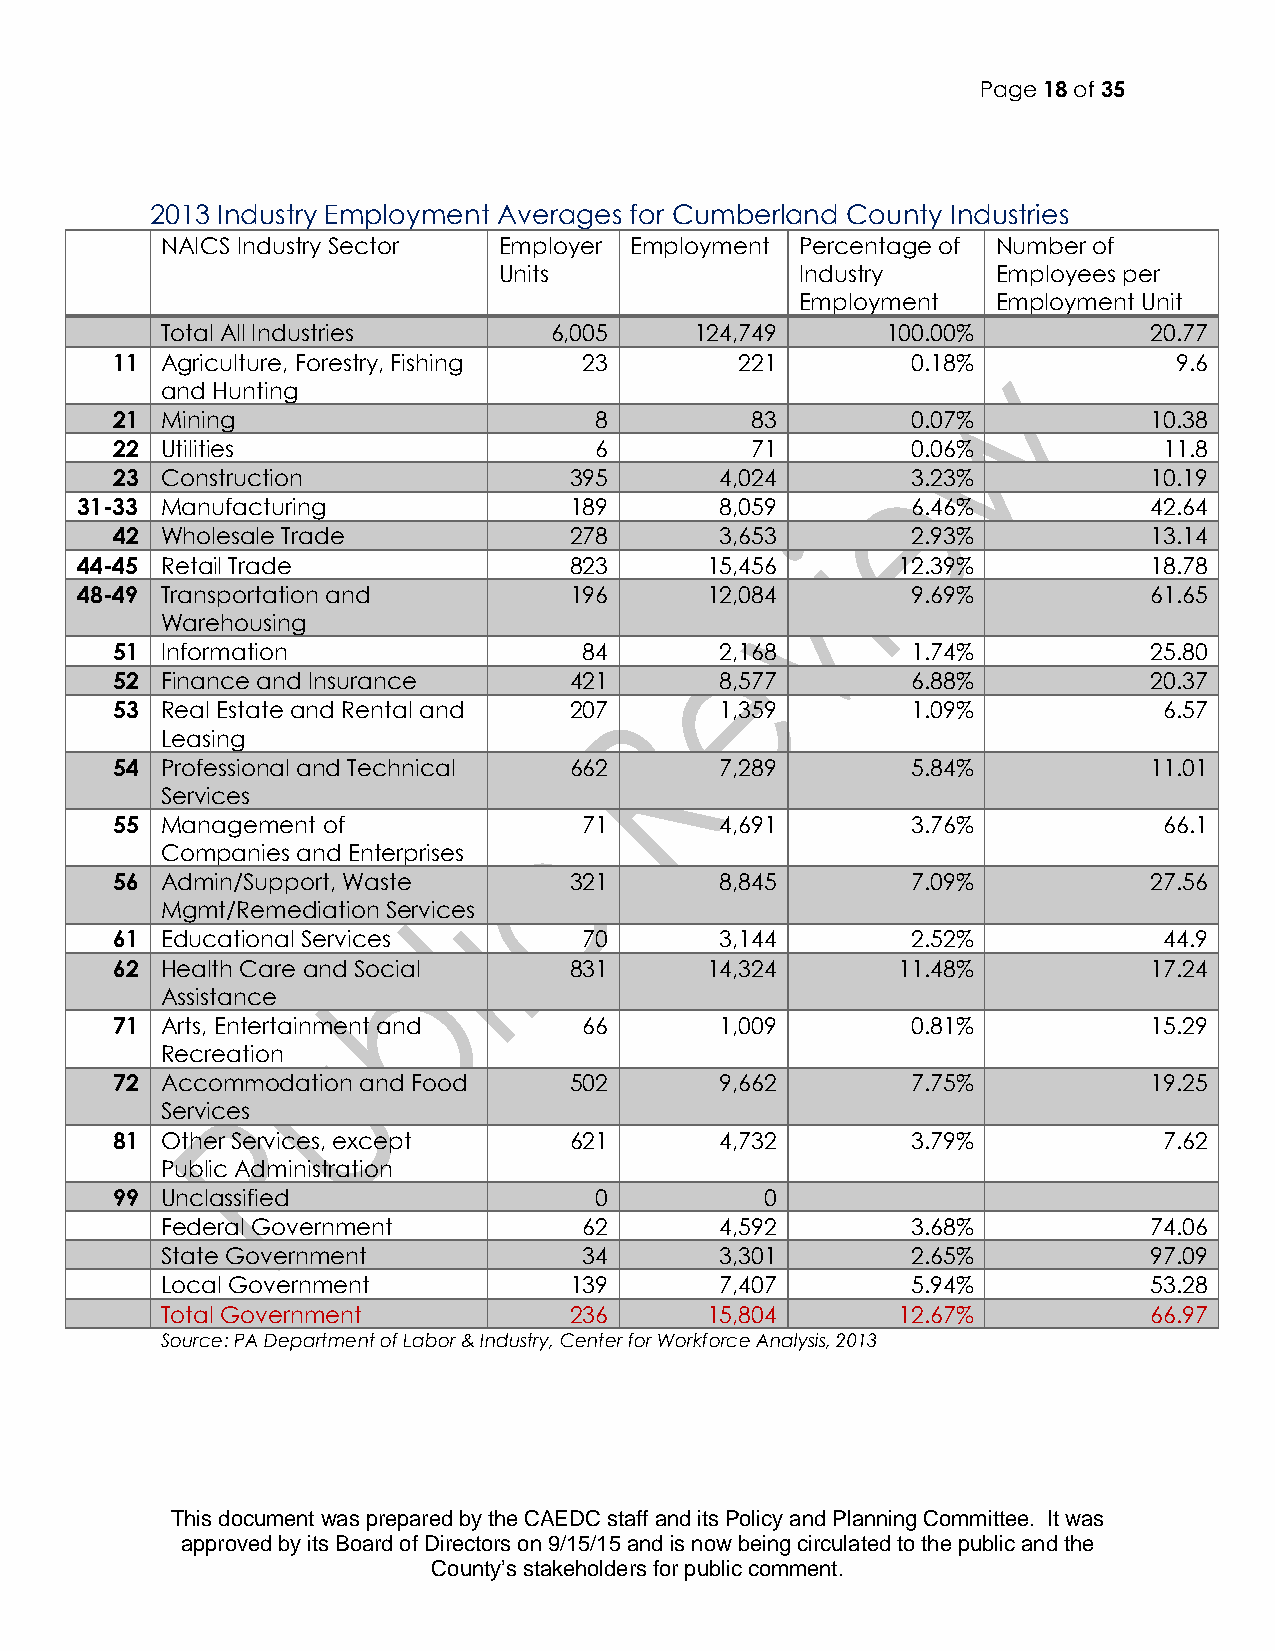
Page 18 of 35
 2013 Industry Employment Averages for Cumberland County Industries
 NAICS Industry Sector Employer Employment Percentage of Number of
 Units               Industry     Employees per
 Employment   Employment Unit
 Total All Industries     6,005     124,749      100.00%          20.77
 11  Agriculture, Forestry, Fishing 23     221        0.18%             9.6
 and Hunting
 21  Mining                      8          83        0.07%           10.38
 22  Utilities                   6          71        0.06%            11.8
 23  Construction               395       4,024       3.23%           10.19
 31-33 Manufacturing              189       8,059       6.46%           42.64
 42  Wholesale Trade            278       3,653       2.93%           13.14
 44-45 Retail Trade               823      15,456      12.39%           18.78
 48-49 Transportation and         196      12,084       9.69%           61.65
 Warehousing
 51  Information                 84       2,168       1.74%           25.80
 52  Finance and Insurance      421       8,577       6.88%           20.37
 53  Real Estate and Rental and 207       1,359       1.09%            6.57
 Leasing
 54  Professional and Technical 662       7,289       5.84%           11.01
 Services
 55  Management of               71       4,691       3.76%            66.1
 Companies and Enterprises
 56  Admin/Support, Waste       321       8,845       7.09%           27.56
 Mgmt/Remediation Services
 61  Educational Services        70       3,144       2.52%            44.9
 62  Health Care and Social     831      14,324      11.48%           17.24
 Assistance
 71  Arts, Entertainment and     66       1,009       0.81%           15.29
 Recreation
 72  Accommodation and Food     502       9,662       7.75%           19.25
 Services
 81  Other Services, except     621       4,732       3.79%            7.62
 Public Administration
 99  Unclassified                0           0
 Federal Government          62       4,592       3.68%           74.06
 State Government            34       3,301       2.65%           97.09
 Local Government           139       7,407       5.94%           53.28
 Total Government           236      15,804      12.67%           66.97
 Source: PA Department of Labor & Industry, Center for Workforce Analysis, 2013
 This document was prepared by the CAEDC staff and its Policy and Planning Committee. It was
 approved by its Board of Directors on 9/15/15 and is now being circulated to the public and the
 County’s stakeholders for public comment.